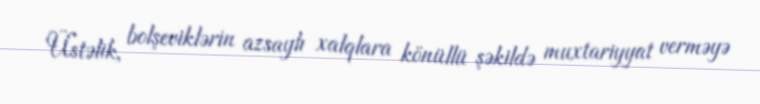
Üstəlik, bolşeviklərin azsaylı xalqlara könüllü şəkildə muxtariyyat verməyə